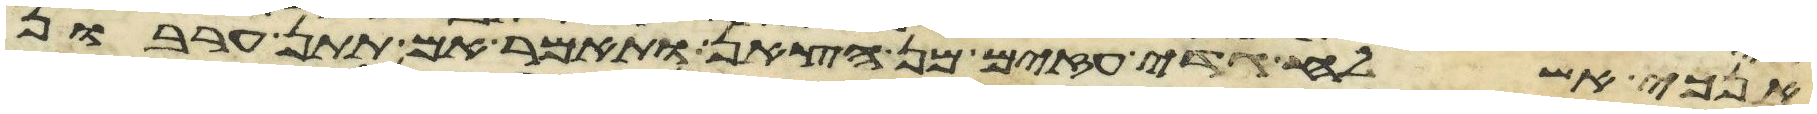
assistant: אנכי אשלח גדי עזים מן הצאן ותאמר אם תתן ערבון